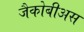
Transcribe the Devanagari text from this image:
जैकोबीअस